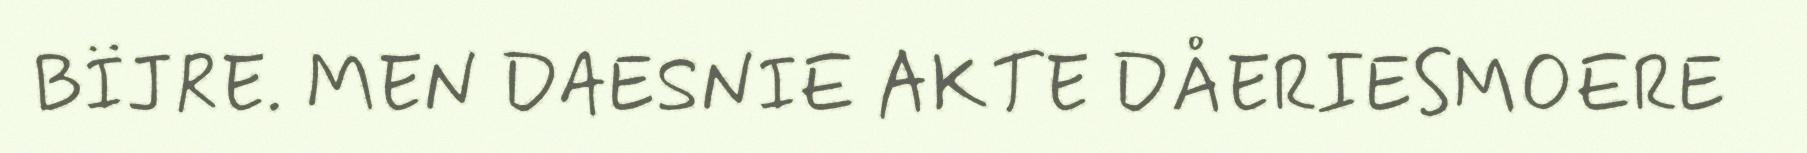
BÏJRE. MEN DAESNIE AKTE DÅERIESMOERE